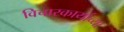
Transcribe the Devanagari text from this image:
विचारकार्याच्या